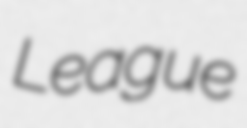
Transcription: League